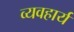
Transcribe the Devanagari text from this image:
व्‍यवहार्य